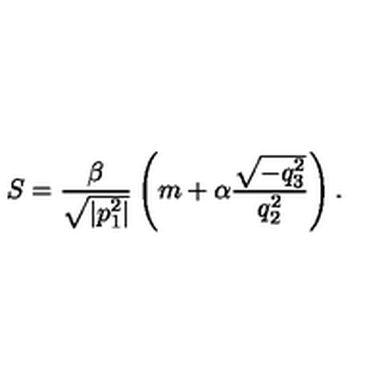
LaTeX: S = \frac { \beta } { \sqrt { | p _ { 1 } ^ { 2 } | } } \left( m + \alpha \frac { \sqrt { - q _ { 3 } ^ { 2 } } } { q _ { 2 } ^ { 2 } } \right) { . }